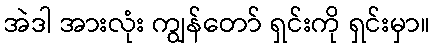
အဲဒါ အားလုံး ကျွန်တော် ရှင်းကို ရှင်းမှာ။